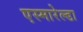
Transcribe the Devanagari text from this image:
एस्मारेल्डा